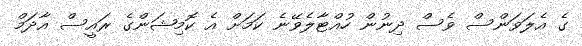
ގެ އެލަވަންސް ވެސް ދިނުން ހުއްޓާލެވޭނެ ކަމަށް އެ ކޮމިޝަންގެ ރައީސް އާދަމް